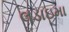
લડાઇમા